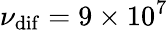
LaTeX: \nu_{\mathrm{dif}}=9\times 10^{7}